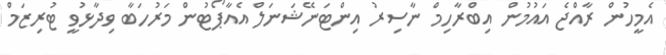
އެމީހުން ރާއްޖެ އައުމުން އިބްރާހިމް ނާސިރު އިންޓަނޭޝަނަލް އެއާޕޯޓުން މަރުހަބާ ވިދާޅުވީ ޓުރިޒަމް